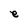
Character: e